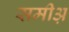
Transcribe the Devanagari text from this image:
समीअ़